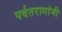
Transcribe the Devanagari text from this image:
पर्वतरागांनी